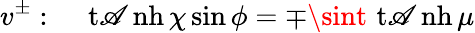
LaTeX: v^{\pm}:~~~~\operatorname{t\mathscr{A}nh}\chi\sin\phi=\mp\sint\, \operatorname{t\mathscr{A}nh}\mu